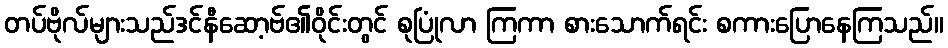
တပ်ဗိုလ်များသည်ဒင်နီဆော့ဗ်၏ဝိုင်းတွင် စုပြုံလာ ကြကာ စားသောက်ရင်း စကားပြောနေကြသည်။